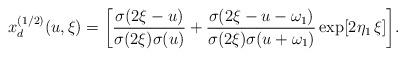
LaTeX: \begin{align*}x_d^{(1/2)}(u,\xi)=\biggl[{\sigma(2\xi-u) \over{\sigma(2\xi) \sigma(u)}} +{\sigma(2\xi-u-\omega_{1}) \over{\sigma(2\xi) \sigma(u+\omega_{1})}} \exp[2\eta_{1}\,\xi]\biggr].\end{align*}